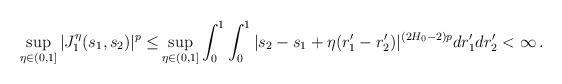
LaTeX: \begin{align*}\sup_{\eta\in (0, 1]} |J_1^\eta (s_1, s_2)| ^p\le &\sup_{\eta\in (0, 1]} \int_0^{1 }\int_0^{1 } |s_2-s_1+\eta (r_1'-r_2')|^{(2H_0 -2)p }dr_1'dr_2'<\infty\,. \end{align*}